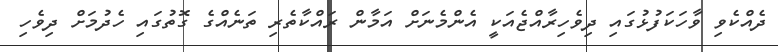
ދެއްކެވި ވާހަކަފުޅުގައި ދިވެހިރާއްޖެއަކީ އެންމެނަށް އަމާން ރައްކާތެރި ތަނެއްގެ ގޮތުގައި ހެދުމަށް ދިވެހި